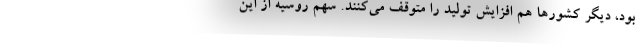
بود، دیگر کشورها هم افزایش تولید را متوقف می‌کنند. سهم روسیه از این